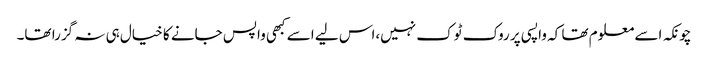
چونکہ اسے معلوم تھا کہ واپسی پر روک ٹوک نہیں،اس لیے اسے کبھی واپس جانے کا خیال ہی نہ گزرا تھا۔